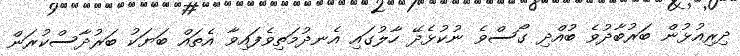
ދިރިއުޅުން ބަރުބާދުވެ ބުއްދި ގޯސްވެ ނުކުޅެދޭ ހާލުގައި އެނދުމަތިވެފައިވާ އެތައް ބަޔަކު ބަރުދާސްކުރަން